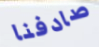
صادفنا